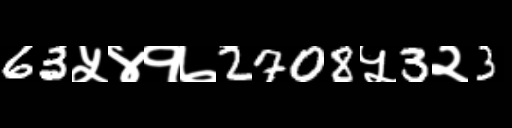
Text: 63५४१७2708५3२3